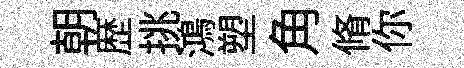
朝歴挑鴻塑角脩你